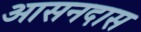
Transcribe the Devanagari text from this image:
आसनदास